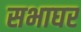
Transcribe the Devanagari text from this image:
सभाघर